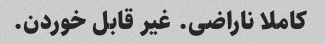
کاملا ناراضی. غیر قابل خوردن.